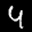
Label: 4